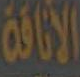
الأناقة